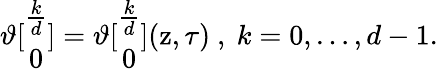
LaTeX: \vartheta[\begin{array}{c}{{\frac{k}{d}}}\\ {{0}}\end{array}]=\vartheta[\begin{array}{c}{{\frac{k}{d}}}\\ {{0}}\end{array}](\mathrm{z},\tau)\ ,\ k=0,\ldots,d-1.